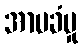
အာမခံမှု